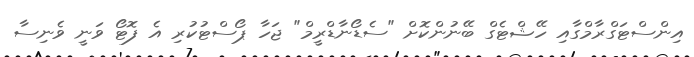
އިންސްޓަގްރާމްގާއި ހޭޝްޓެގް ބޭނުންކޮށް "ސެޑޯނާޑްރީމް" ޖަހާ ޕޯސްޓުކުރި އެ ފޮޓޯ ވަނީ ވެނިސާ